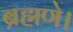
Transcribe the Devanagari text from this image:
ब्रह्मणे।